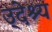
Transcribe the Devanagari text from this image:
उ्देश्य